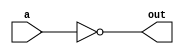
`timescale 1ns/10ps

module not_gate(a,out);
    input a;
    output out;
    assign out = ~a;
endmodule